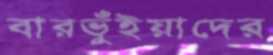
বারভুঁইয়াদের